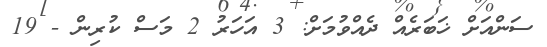
ސަންއަށް ޚަބަރެއް ދެއްވުމަށް: 3 އަހަރު 2 މަސް ކުރިން - 19